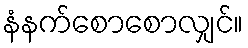
နံနက်စောစောလျှင်။